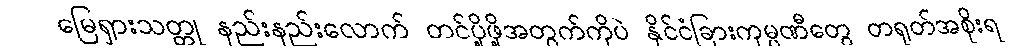
မြေရှားသတ္တု နည်းနည်းလောက် တင်ပို့ဖို့အတွက်ကိုပဲ နိုင်ငံခြားကုမ္ပဏီတွေ တရုတ်အစိုးရ